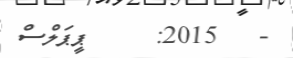
-   2015:     ޕީޕަލްސް